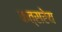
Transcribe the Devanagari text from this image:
कत्सरेय